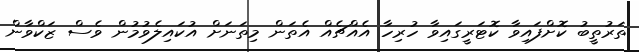
ތަރުތީބު ކޮށްފައިވާ ކޮޓަރީގައިވާ ހުރިހާ އެއްޗެއް އެތަން މިތަނަށް އުކައިލެވުމުން ވެސް ޒަކްވާން